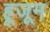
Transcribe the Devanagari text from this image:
हूजूम